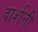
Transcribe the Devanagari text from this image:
दार्शनी